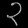
Digit: ၃